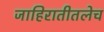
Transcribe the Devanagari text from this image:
जाहिरातीतलेच